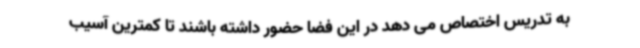
به تدریس اختصاص می دهد در این فضا حضور داشته باشند تا کمترین آسیب